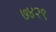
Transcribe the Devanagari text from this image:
७४२९